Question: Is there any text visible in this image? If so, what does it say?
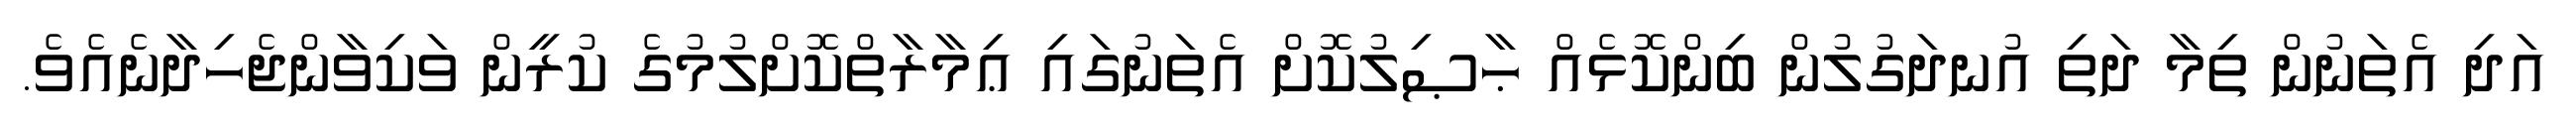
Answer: އަދި އެތަނުން ތިމާ ދަތި އުނދަގުލުން ބިންކޮޅެއް ޙާޞިލުކޮށް އެތަނުގައި ޢިމާރާތްކޮށްލުމުގެ ކުރީން ވަކިވާންޖެހިދާނެއެވެ.